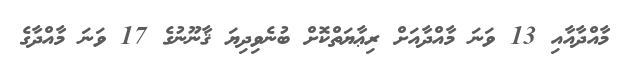
މާއްދާއާއި 13 ވަނަ މާއްދާއަށް ރިޢާޔަތްކޮށް ބުނެވިދިޔަ ޤާނޫނުގެ 17 ވަނަ މާއްދާގެ